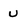
Character: U